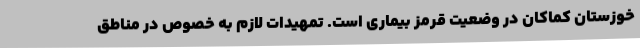
خوزستان کماکان در وضعیت قرمز بیماری است. تمهیدات لازم به خصوص در مناطق